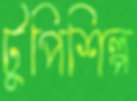
টুপিশিল্প